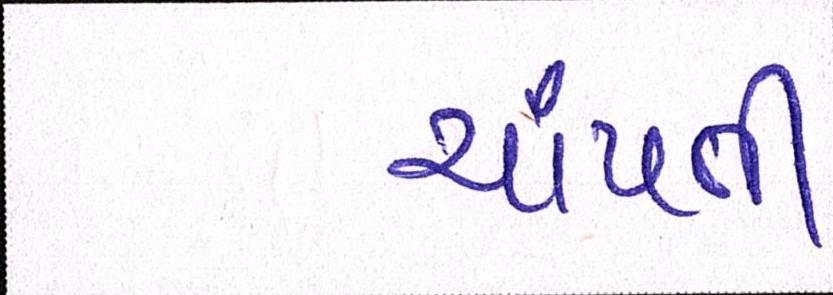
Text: ચાંપતી